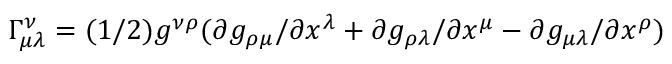
\Gamma _ { \mu \lambda } ^ { \nu } = ( 1 / 2 ) g ^ { \nu \rho } ( \partial g _ { \rho \mu } / \partial x ^ { \lambda } + \partial g _ { \rho \lambda } / \partial x ^ { \mu } - \partial g _ { \mu \lambda } / \partial x ^ { \rho } )